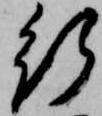
行